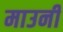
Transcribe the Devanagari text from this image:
माउनी